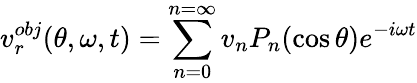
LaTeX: v_{r}^{obj}(\theta,\omega,t)=\sum_{n=0}^{n=\infty}v_{n}P_{n}(\cos\theta)e^{-i\omega t}